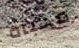
مخبأه